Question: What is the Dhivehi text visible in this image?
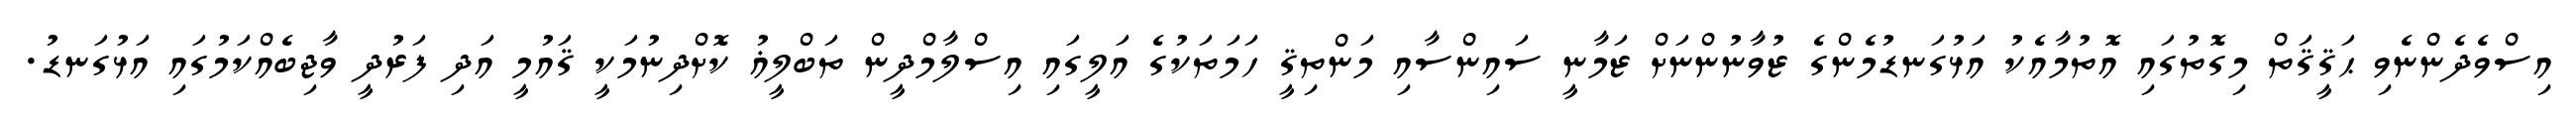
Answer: އިސްވެދެންނެވި ޙަޤީޤަތް މިގޮތުގައި އޮތުމާއެކު އަޅުގަނޑުމެންގެ ޒުވާނުންނަށް ޒަމާނީ ސައިންސާއި މަންތިޤީ ހަމަތަކުގެ އަލީގައި އިސްލާމްދީން ތަބްލީޣު ކޮށްދިނުމަކީ ޤައުމީ އަދި ފަރުދީ ވާޖިބެއްކަމުގައި އަޅުގަނޑު.